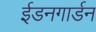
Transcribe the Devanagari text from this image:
ईडनगार्डन